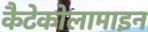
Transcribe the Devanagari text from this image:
कैटेकोलामाइन